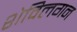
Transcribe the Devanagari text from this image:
शेविलगन